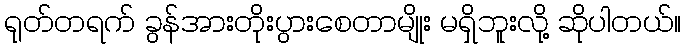
ရုတ်တရက် ခွန်အားတိုးပွားစေတာမျိုး မရှိဘူးလို့ ဆိုပါတယ်။